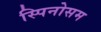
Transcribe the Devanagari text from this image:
स्पिनोसम